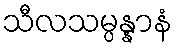
သီလသမ္ပန္နာနံ